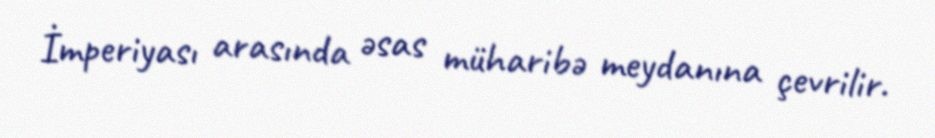
İmperiyası arasında əsas müharibə meydanına çevrilir.